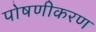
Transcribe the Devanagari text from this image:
पोषणीकरण